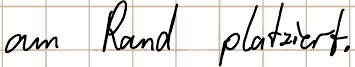
am Rand platziert.